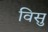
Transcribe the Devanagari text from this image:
विसु